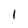
Character: 1